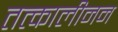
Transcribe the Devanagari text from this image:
तत्कालीनन